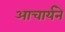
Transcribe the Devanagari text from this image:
आचार्यने